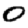
Digit: 0